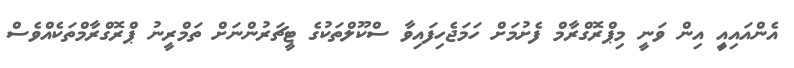
އެންއައިއިީ އިން ވަނީ މިޕްރޮގްރާމް ފެށުމަށް ހަމަޖެހިފައިވާ ސްކޫލްތަކުގެ ޓީޗަރުންނަށް ތަމްރީނު ޕްރޮގްރާމްތަކެއްވެސް